King Institute of Preventive Medicine Micro-Biological Section reports 1909-11
Year: 1909
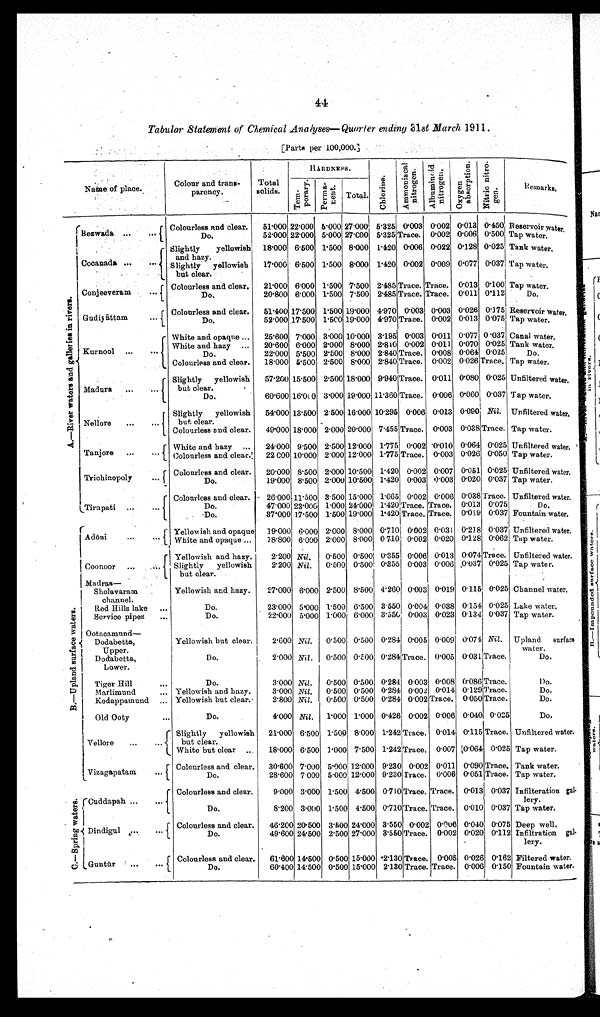
44
Tabular Statement of Chemical Analyses—Quarter ending 31 st March 1911.
[Parts per 100,000.]
Name of place.
Colour and trans
¬parency.
Total
solids.
H A R D N E S S .
C h l o r i n e .
A m m o n i a c a l n i t r o g e n .
Albuminoid nitrogen.
O x y g e n a b s o r p t i o n .
N i t r i c n i t r o ¬ g e n .
Remarks.
T e m ¬ p o r a r y .
P e r m a ¬ n e n t .
Total.
A . — R i v e r w a t e r s a n d g a l l e r i e s i n r i v e r s .
Bezwada ...
...
Colourless and clear.
51.000 22.000 5.000 27.000 5.325 0.003 0.002 0.013 0.450 Reservoir water.
Do.
52.000 22.000 5.000 27.000 5.325 Trace. 0.002 0.006 0.500 Tap water:
Cocanada ...
...
slightly yellowish and hazy. 18.000 6.500 1.500 8.000 1.420 0.006 0.022 0.128 0.025 Tank water.
S l i g h t l y y e l l o w i s h b u t c l e a r .
17.000 6.500 1.500 8.000 1.420 0.002 0.009 0.077 0.037 Tap water.
Conjeeveram
...
Colourless and clear.
21.000 6.000 1.500 7.500 2.485 Trace. Trace. 0.013 0.100 Tap water.
Do.
20.800 6.000 1.500 7.500 2.485 Trace. Trace. 0.011 0.112
Do.
Gudiyāttam
...
Colourless and clear.
5 1 . 4 0 0
1 7 . 5 0 0
1 . 5 0 0
1 9 . 0 0 0
4 . 9 7 0 0 . 0 0 3
0.003
0 . 0 2 6
0 . 1 7 5 Reservoir water.
Do.
5 2 . 0 0 0
1 7 . 5 0 0
1 . 5 0 0
1 9 . 0 0 0
4 . 9 7 0
T r a c e . 0.002
0 . 0 1 3
0 . 0 7 5
Tap water.
Kurnool
...
...
W h i t e a n d o p a q u e . . .
2 5 . 6 0 0
7 . 0 0 0
3 . 0 0 0
1 0 . 0 0 0
3 . 1 9 5
0 . 0 0 3
0.011
0 . 0 7 7
0 . 0 3 7 Canal water.
W h i t e a n d h a z y . . .
2 0 . 6 0 0
6 . 0 0 0
2 . 0 0 0
8 . 0 0 0
2 . 8 4 0
0 . 0 0 2 0.011
0 . 0 7 0
0 . 0 2 5
T a n k w a t e r
Do.
22.000 5.500 2.500 8.000 2.840 Trace. 0.008 0.064 0.025
D o .
Colourless and clear.
18.000 5.500 2.500 8.000 2.840 Trace. 0.002 0.026 Trace. Tap water.
Madura
...
...
Slightly yellowish
but clear.
57.200 15.500 2.500 18.000 9.940 Trace. 0.011 0.080 0.025 Unfiltered water.
Do.
60.600 16.000 3.000 19.000 11.360 Trace. 0.006 0.060 0.037 Tap water.
Nellore
...
...
Slightly yellowish
but clear.
54.000 13.500 2.500 16.000 10.295 0.006 0.013 0.090 Nil. Unfiltered water.
Colourless and clear.
49.000 18.000 2.000 20.000 7.455 Trace. 0.003 0.038 Trace. Tap water.
Tanjore
...
...
White and hazy
. . .
24.000 9.500 2.500 12.000 1.775 0.002 0.010 0.064 0.025 Unfiltered water.
Colourless and clear.
22.000 10.000 2.000 12.000 1.775 Trace. 0.003 0.026 0.050 Tap water.
Trichinopoly
...
Colourless and clear.
2 0 . 0 0 0
8 . 5 0 0
2 . 0 0 0
1 0 . 5 0 0
1.420
0 . 0 0 2
0 . 0 0 7
0 . 0 5 1
0 . 0 2 5
U n f i l t e r e d w a t e r .
D o .
1 9 . 0 0 0
8 . 5 0 0
2 . 0 0 0
1 0 . 5 0 0
1 . 4 2 0
0 . 0 0 3
0.003
0 . 0 2 0
0 . 0 3 7 Tap water.
Tirupati ...
...
Colourless and clear.
26.000 11.500 3.500 15.000 1.065 0.002 0..006 0.038 Trace. Unfiltered water.
Do.
47.000 23.000 1.000 24.000 1.420 Trace. Trace. 0.013 0.075
Do.
Do.
37.000 17.500 1.500 19.000 1.420 Trace. Trace. 0.019 0.037 Fountain water.
Adōni
...
. . .
Y e l l o w i s h a n d o p a q u e
1 9 . 0 0 0 6 . 0 0 0
2.000
8 . 0 0 0
0 . 7 1 0
0 . 0 0 2
0.031
0 . 2 1 8
0 . 0 3 7
U n f i l t e r e d w a t e r .
W h i t e a n d o p a q u e . . .
1 8 . 8 0 0
6 . 0 0 0
2 . 0 0 0
8 . 0 0 0
0 . 7 1 0
0 . 0 0 2 0.020
0 . 1 2 8
0 . 0 6 2
Tap water.
Coonoor
...
Yellowish and hazy.
2.200 Nil.
0.500 0.500 0.355 0.006 0.013 0.074 Trace. Unfiltered water.
Slightly yellowish
but clear.
2.200 Nil .
0.500
0 . 5 0 0
0 . 3 5 5
0.003 0.006 0.037 0.025 Tap water.
B . — U p l a n d s u r f a c e w a t e r s .
Madras
—Sholavara
m channel.
Yellowish and hazy.
27.000 6.000 2.500 8.500 4.260 0.003 0.019 0.115 0.025 Channel water.
Red Hills lake
...
Do.
23.000 5.000 1.500 6.500 3.550 0.004 0.038 0.154 0.025 Lake water.
Service pipes
...
Do.
22.000 5.000 1.000 6.000
3 . 5 5 0
0 . 0 0 3 0.023 0.134 0.037 Tap water.
Ootacamund
—Dodabetta,
Upper.
Yellowish but clear.
2.600 Nil.
0.500 0.500 0.284 0.005 0.009 0.074 Nil. Upland surface
water.
Dodabetta,
Lower.
Do.
2.000 Nil .
0.500 0.500
0 . 2 8 4
Trace. 0.005 0.031 Trace.
Do.
Tiger Hill
...
Do.
3.000 Nil .
0.500 0.500 0.284 0.003 0.008 0.086 Trace.
Do.
Marlimund ...
Yellowish and hazy.
3.000 Nil.
0.500 0.500 0.284 0.002 0.014 0.129 Trace.
Do.
Kodappamund ... Yellowish but clear.
2.800 Nil.
0.500 0.500 0.284 0.002 Trace. 0.050 Trace.
Do.
Old Ooty
...
Do.
4.000 Nil .
1.000 1.000 0.426 0.002 0.006 0.040 0.025
Do.
Vellore
...
...
Slightly yellowish but clear.
21.000 6.500 1.500 8.000 1.242 Trace. 0.014 0.115 Trace. Unfiltered water.
White but clear ...
18.000 6.500 1.000 7.500 1.242 Trace. 0.007 0.064 0.025 Tap water.
zaVi zagapat am. . .
Colourless and clear.
30.600 7.000 5.000 12.000 9.230 0.002 0.011 0.090 Trace. Tank water.
Do.
28.600 7.000 5.000 12.000 9.230 Trace. 0.006 0.051 Trace. Tap water.
C . — S p r i n g w a t e r s .
Cuddapah ...
.
Colourless and clear.
9.000 3.000 1.500 4.500 0.710 Trace. Trace. 0.013 0.037 Infilteration gal¬lery.
Do.
8.200 3.000 1.500 4.500 0.710 Trace. Trace. 0.010 0.037
T a p w a t e r .
Dindigul ...
...
Colourless and clear.
46.200 20.500 3.500 24.000 3.550 0.002 0.006 0.040 0.075 Deep well.
Do.
49.600 24.500 2.500 27.000 3.550 Trace. 0.002 0.020 0.112 Infiltration gal¬lery.
L Guntū r
...
Colourless and clear.
61.600 14.500 0.500 15.000 2.130 Trace. 0.005 0.026 0.162 Filtered water.
Do.
60.400 14.500 0.500 15.000 2.130 Trace. Trace. 0.006 0.150 Fountain water.